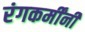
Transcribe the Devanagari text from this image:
रंगकर्मींनी